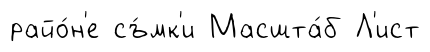
райо́н'е съ́мк'и Масшта́б Л'ист